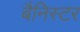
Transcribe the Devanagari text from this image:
बैनिस्टर